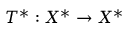
T ^ { * } : X ^ { * } \to X ^ { * }